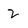
Character: 2